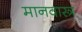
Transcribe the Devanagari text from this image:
मानवास्त्र